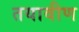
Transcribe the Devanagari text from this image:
तयावीण